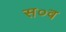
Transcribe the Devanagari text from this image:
स०व